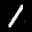
Label: 1